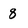
Character: 8